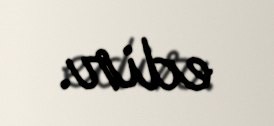
edir.